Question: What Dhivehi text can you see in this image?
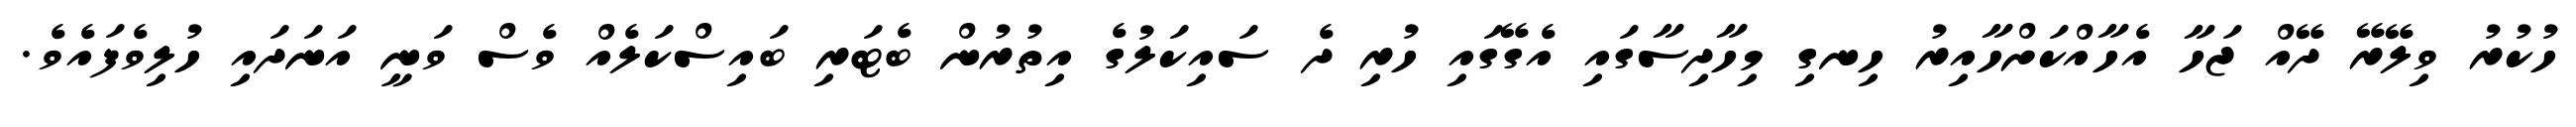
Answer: ހުކުރު ވިލޭރޭ ދޭއް ޖަހާ އެހާއްކަށްހާއިރު ހިނގި މިހާދިސާގައި އެގޭގައި ހުރި ދެ ސައިކަލުގެ އިތުރުން ބެޓަރި ބައިސްކަލެއް ވެސް ވަނީ އަނަދައި ހުލިވެފައެވެ.